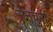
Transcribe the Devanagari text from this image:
सेनचुरी